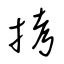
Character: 拷